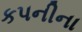
કપનીના